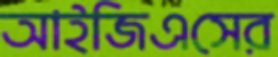
আইজিএসের